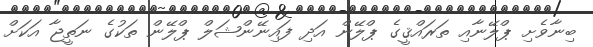
ބިނާވެށި ޕްލޭނާއި ތަރައްޤީގެ ޕްލޭން އަދި ފައިނޭންޝަލް ޕްލޭން ތަކުގެ ނަތީޖާ އަކަށް